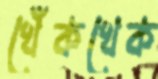
খেঁকখেক